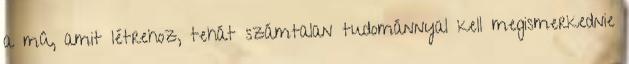
a mû, amit létrehoz, tehát számtalan tudománnyal kell megismerkednie